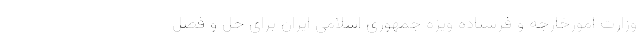
وزارت امورخارجه و فرستاده ویژه جمهوری اسلامی ایران برای حل و فصل